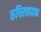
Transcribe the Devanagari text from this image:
रुधिरवाहक